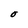
Character: O